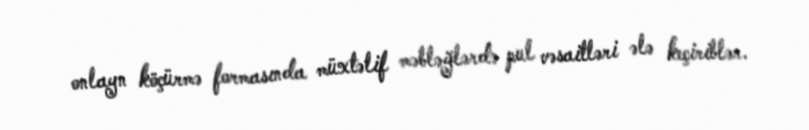
onlayn köçürmə formasında müxtəlif məbləğlərdə pul vəsaitləri ələ keçiriblər.